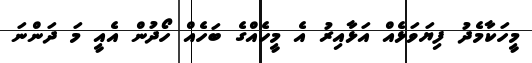
މީހަކާމެދު ފިޔަވަޅެއް އަޅާއިރު އެ މީހެއްގެ ބަހެއް ހޯދުން އެއީ މަ ދަންނަ